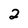
Character: 2